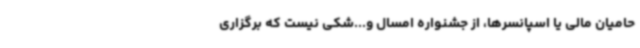
حامیان مالی یا اسپانسرها، از جشنواره امسال و...شکی نیست که برگزاری